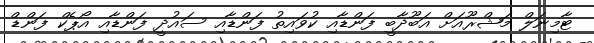
ޓާމިނަލް މަޝްރޫއަށް އަބޫދާބީ ފަންޑާއި ކުވައިތު ފަންޑާއި ސައުދީ ފަންޑާއި އޯޕެކް ފަންޑް